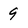
Character: 9